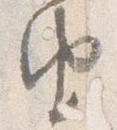
由